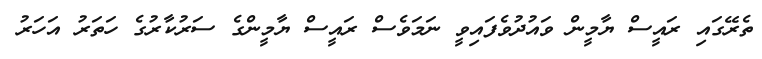
ތެރޭގައި ރައީސް ޔާމީން ވައުދުވެފައިވީ ނަމަވެސް ރައީސް ޔާމީންގެ ސަރުކާރުގެ ހަތަރު އަހަރު